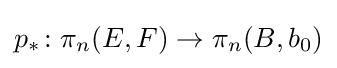
p_{*}\colon \pi _{n}(E,F)\to \pi _{n}(B,b_{0})